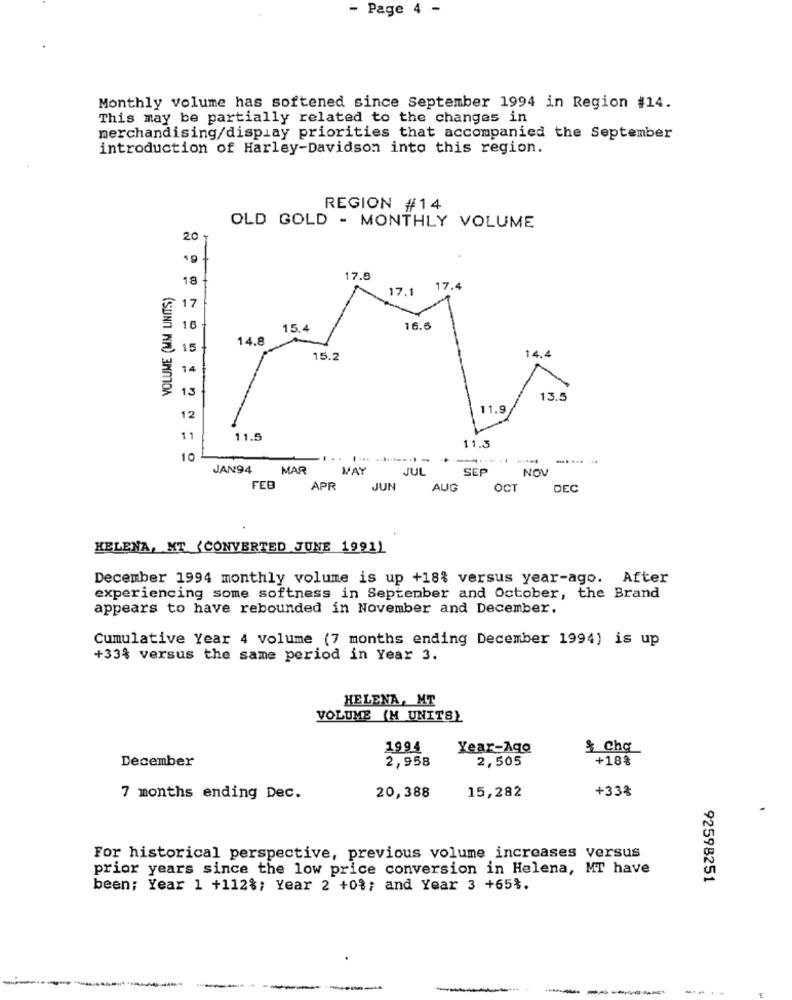
Page 4 -
Monthly volume has softened since September 1994 in Region #14.
This may be partially related to the changes in
merchandising/display priorities that accompanied the September
introduction of Harley-Davidson into this region.
REGION #14
OLD GOLD - MONTHLY VOLUME
20
VOLUME (MM UNITS)
17.8
18
17.1
17.4
17
16
15.4
16.6
14.8
15
14.4
15.2
14
13
13.5
11.9
12
11
11.5
11.3
10
.. ......------
JAN94
MAR
MAY
JUL
SEP
NOV
FEB
APR
JUN
AUG
OCT
DEC
HELENA, NT {CONVERTED JUNE 1991)
December 1994 monthly volume is up +18% versus year-ago. After
experiencing some softness in September and October, the Brand
appears to have rebounded in November and December.
Cumulative Year 4 volume (7 months ending December 1994) is up
+33% versus the same period in Year 3.
HELENA, MT
VOLUME (M UNITS)
1994
Year-Ago
$ chq
December
2,505
+18%
2,958
15,282
+33%
7 months ending Dec.
20,388
For historical perspective, previous volume increases versus
prior years since the low price conversion in Helena, MT have
92598251
been; Year 1 +112%; Year 2 +0%; and Year 3 +65%.